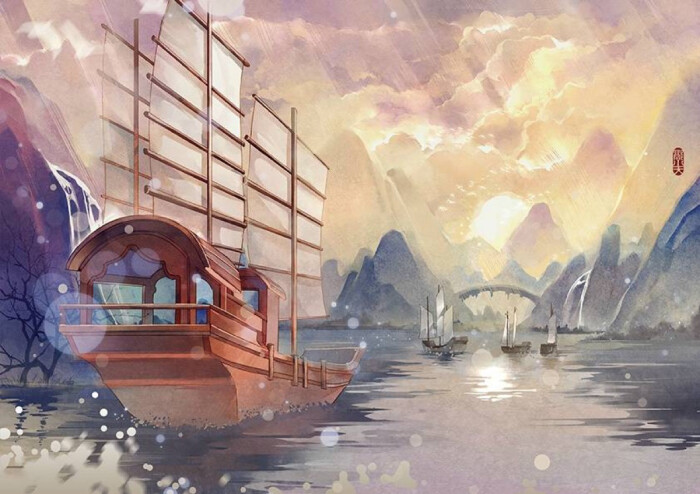
冬无愆阳，夏无伏阴，春无凄风，秋无苦雨